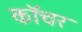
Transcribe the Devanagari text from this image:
कॉचर